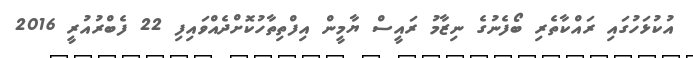
އުކުޅަހުގައި ރައްކާތެރި ބޯފެނުގެ ނިޒާމު ރައީސް ޔާމީން އިފްތިތާހުކޮށްދެއްވައިފި 22 ފެބްރުއުރީ 2016